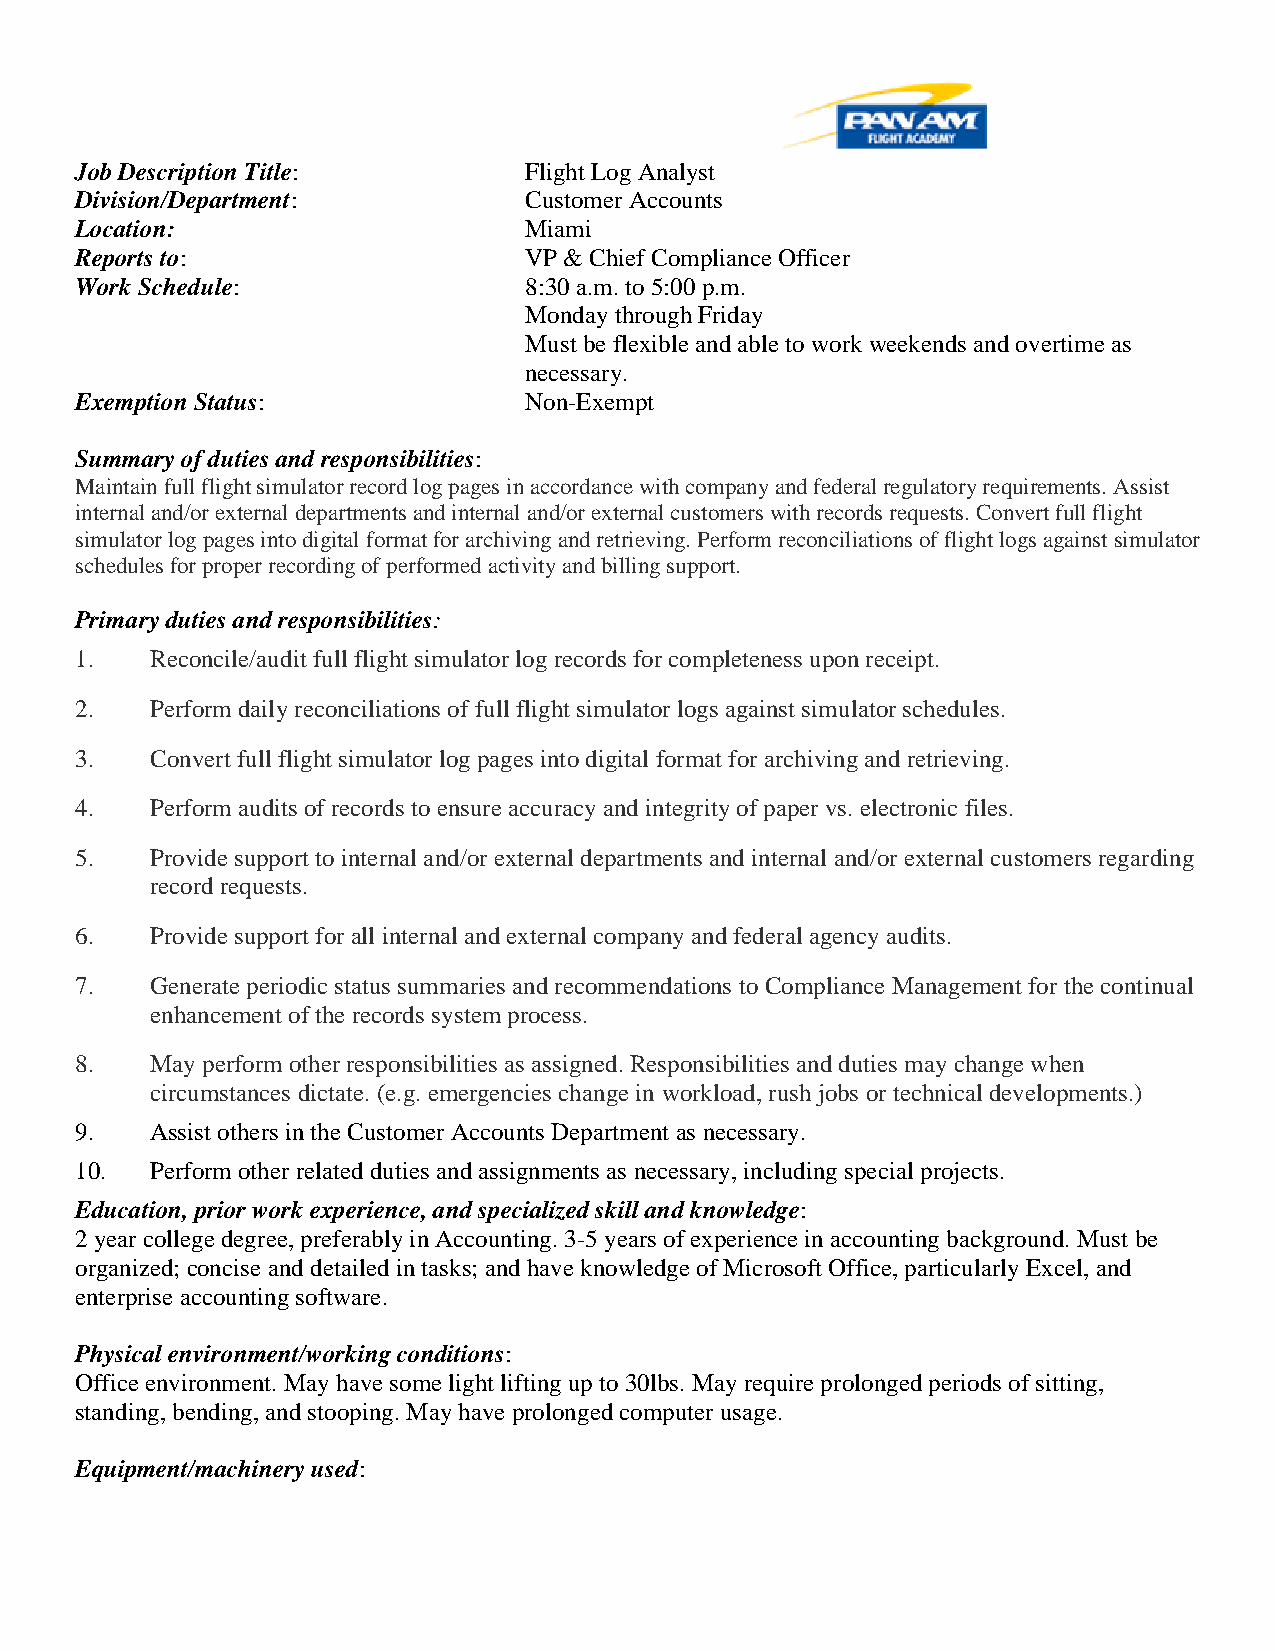
1
 Job Description Title:        Flight Log Analyst
 Division/Department:          Customer Accounts
 Location:                     Miami
 Reports to:                   VP & Chief Compliance Officer
 Work Schedule:                8:30 a.m. to 5:00 p.m.
 Monday through Friday
 Must be flexible and able to work weekends and overtime as
 necessary.
 Exemption Status:             Non-Exempt
 Summary of duties and responsibilities:
 Maintain full flight simulator record log pages in accordance with company and federal regulatory requirements. Assist
 internal and/or external departments and internal and/or external customers with records requests. Convert full flight
 simulator log pages into digital format for archiving and retrieving. Perform reconciliations of flight logs against simulator
 schedules for proper recording of performed activity and billing support.
 Primary duties and responsibilities:
 1.   Reconcile/audit full flight simulator log records for completeness upon receipt.
 2.   Perform daily reconciliations of full flight simulator logs against simulator schedules.
 3.   Convert full flight simulator log pages into digital format for archiving and retrieving.
 4.   Perform audits of records to ensure accuracy and integrity of paper vs. electronic files.
 5.   Provide support to internal and/or external departments and internal and/or external customers regarding
 record requests.
 6.   Provide support for all internal and external company and federal agency audits.
 7.   Generate periodic status summaries and recommendations to Compliance Management for the continual
 enhancement of the records system process.
 8.   May perform other responsibilities as assigned. Responsibilities and duties may change when
 circumstances dictate. (e.g. emergencies change in workload, rush jobs or technical developments.)
 9.   Assist others in the Customer Accounts Department as necessary.
 10.  Perform other related duties and assignments as necessary, including special projects.
 Education, prior work experience, and specialized skill and knowledge:
 2 year college degree, preferably in Accounting. 3-5 years of experience in accounting background. Must be
 organized; concise and detailed in tasks; and have knowledge of Microsoft Office, particularly Excel, and
 enterprise accounting software.
 Physical environment/working conditions:
 Office environment. May have some light lifting up to 30lbs. May require prolonged periods of sitting,
 standing, bending, and stooping. May have prolonged computer usage.
 Equipment/machinery used: